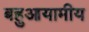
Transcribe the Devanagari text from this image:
बहुआयामीय